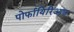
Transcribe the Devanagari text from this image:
पोर्फायिरिआज़